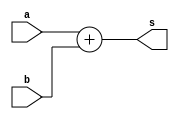
`timescale 1ns / 1ps
//////////////////////////////////////////////////////////////////////////////////
// Company: 
// Engineer: 
// 
// Design Name: 
// Module Name:    adder6 
// Project Name: 
// Target Devices: 
// Tool versions: 
// Description: 
//
// Dependencies: 
//
// Revision: 
// Revision 0.01 - File Created
// Additional Comments: 
//
//////////////////////////////////////////////////////////////////////////////////
module adder6(
    input [5:0] a,
    input [5:0] b,
    output [5:0] s
    );

assign s=a+b;

endmodule